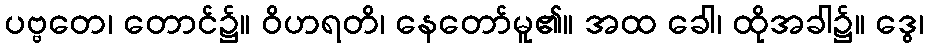
ပဗ္ဗတေ၊ တောင်၌။ ဝိဟရတိ၊ နေတော်မူ၏။ အထ ခေါ၊ ထိုအခါ၌။ ဒွေ၊